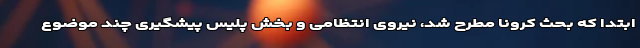
ابتدا که بحث کرونا مطرح شد، نیروی انتظامی و بخش پلیس پیشگیری چند موضوع